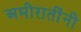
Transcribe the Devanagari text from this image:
अमीरातींनी